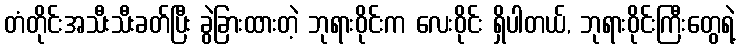
တံတိုင်းအသီးသီးခတ်ပြီး ခွဲခြားထားတဲ့ ဘုရားဝိုင်းက လေးဝိုင်း ရှိပါတယ်, ဘုရားဝိုင်းကြီးတွေရဲ့